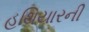
હથિયારની